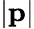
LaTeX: |{\mathbf p}|